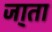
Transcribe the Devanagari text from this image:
जा्ता